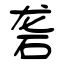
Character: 砻